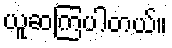
ယူဆကြပါတယ်။